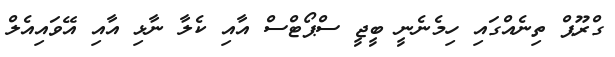
ގްރޫޕް ތިނެއްގައި ހިމެނެނީ ބީޖީ ސްޕޯޓްސް އާއި ކެލާ ނާޅި އާއި އޭވައިއެލް